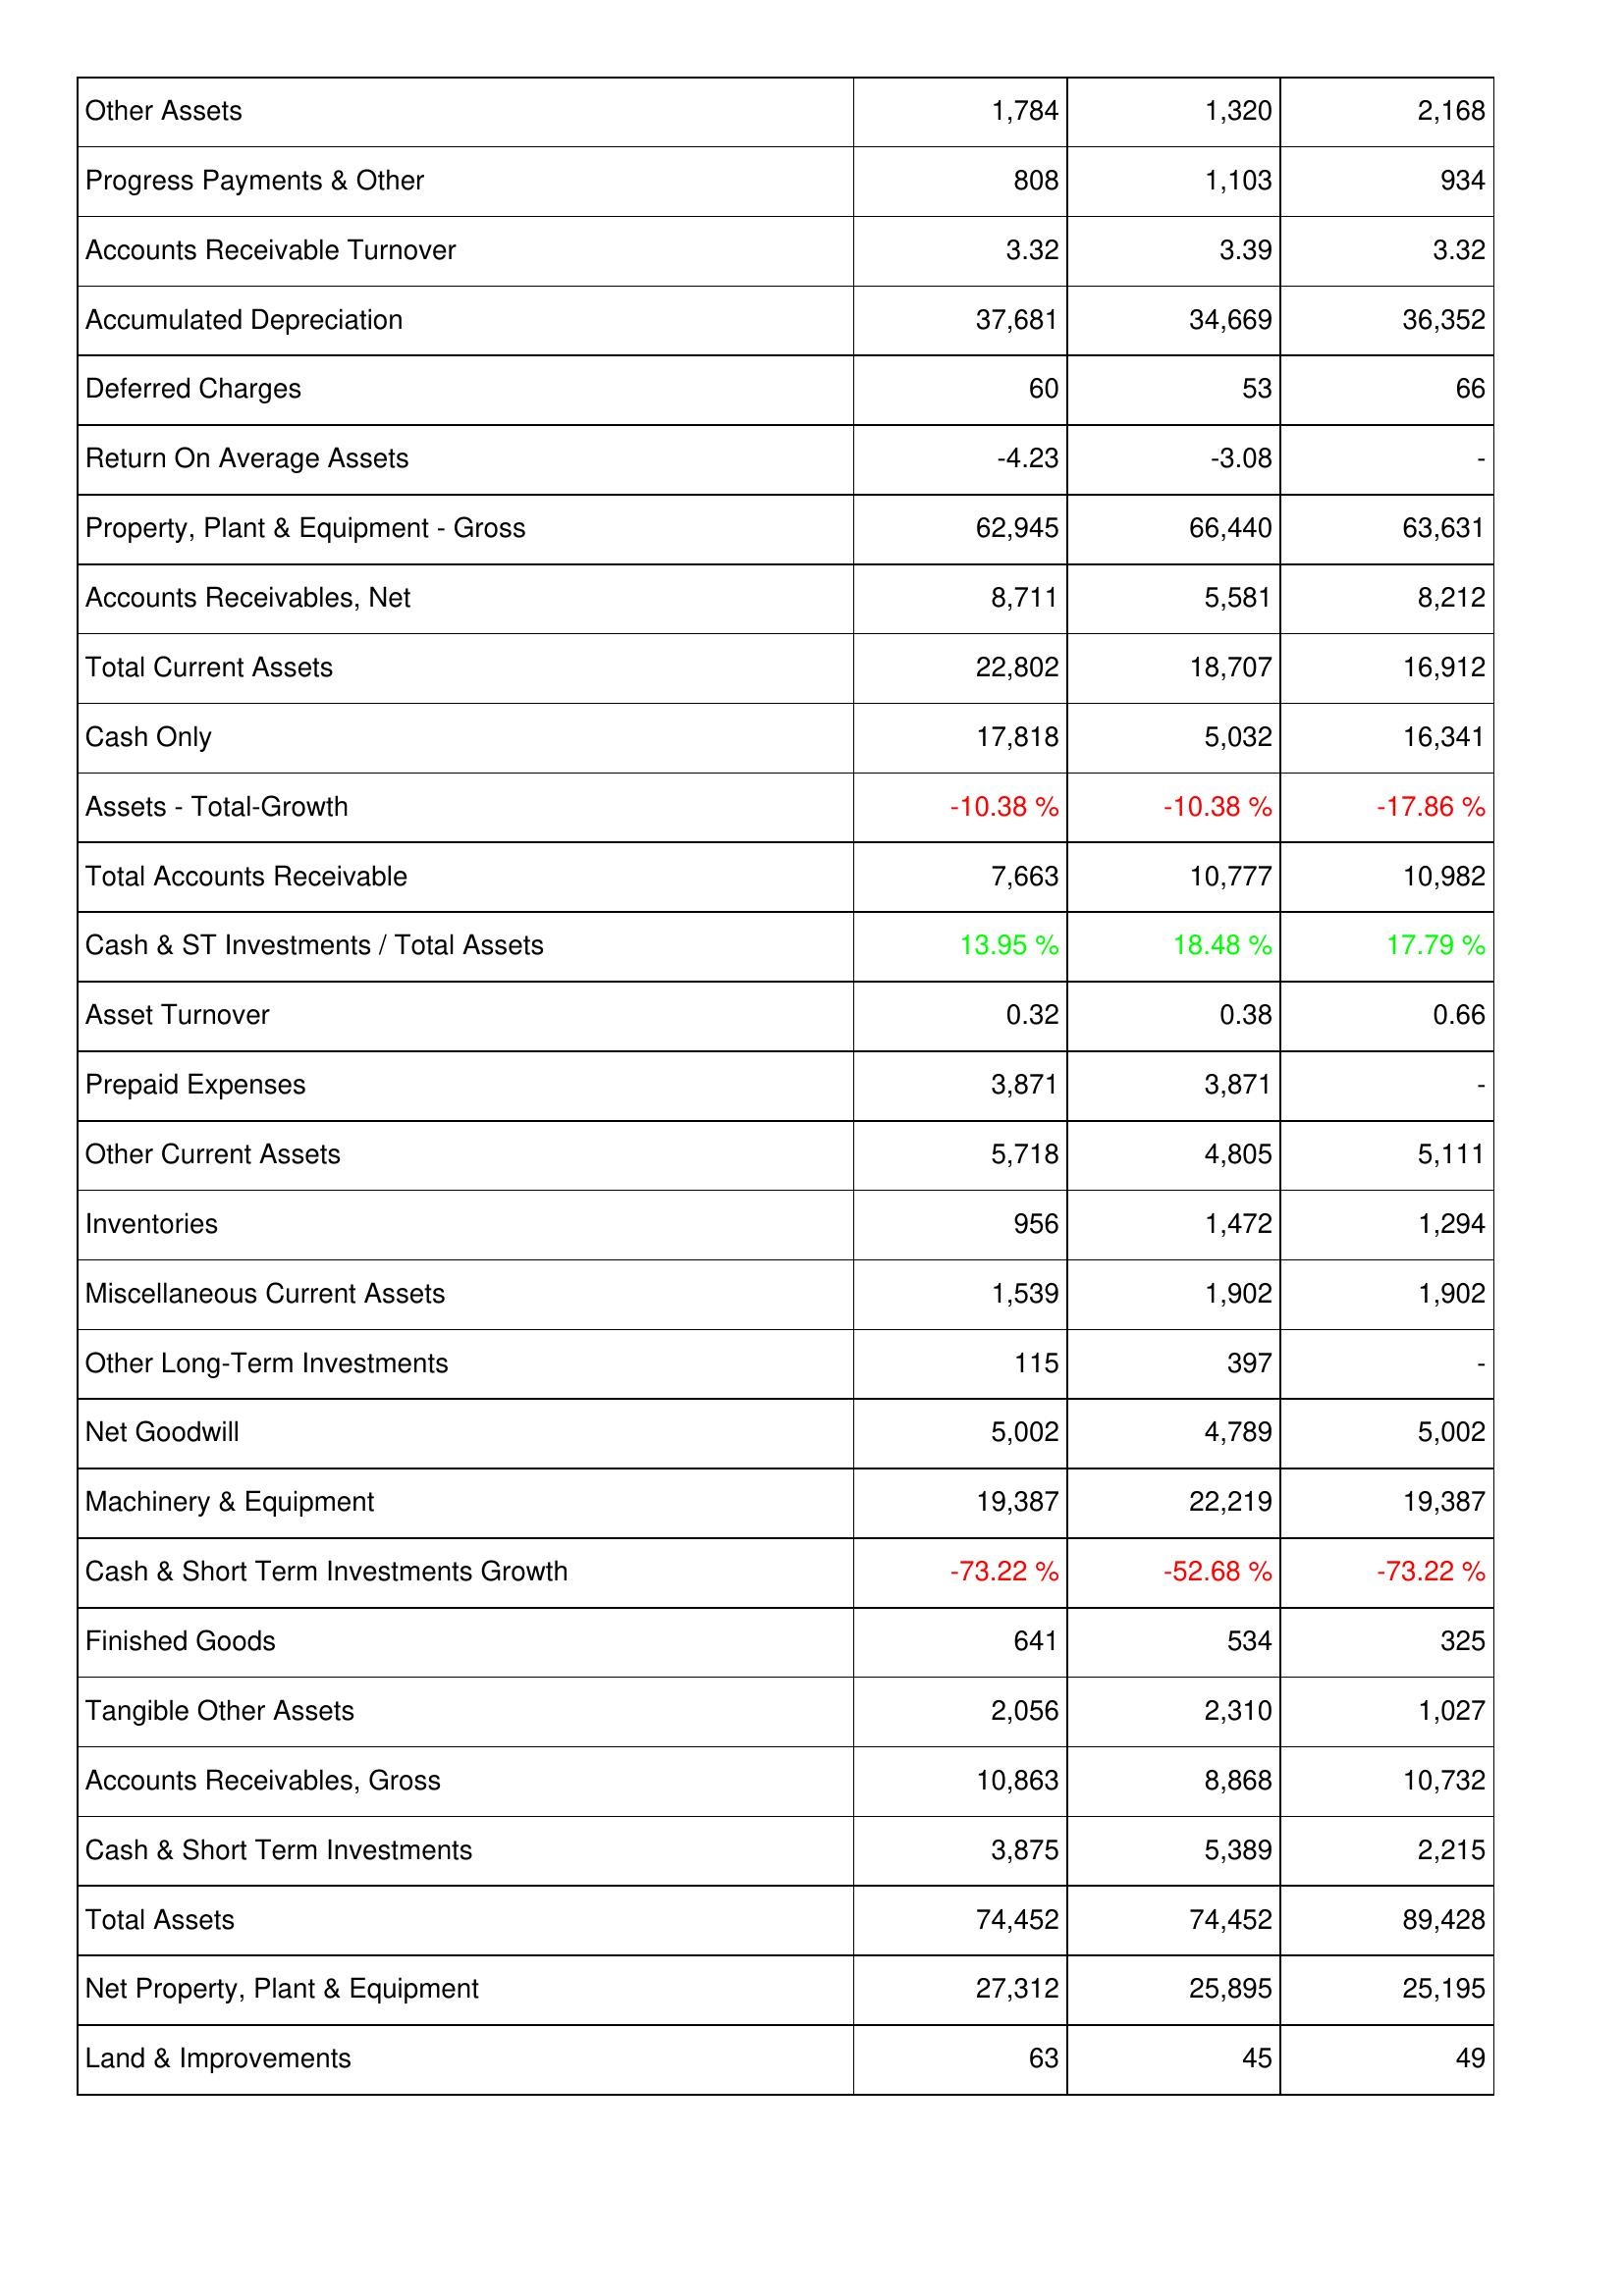
2013: Assets: Other Assets: 1,784
Progress Payments & Other: 808
Accounts Receivable Turnover: 3.32
Accumulated Depreciation: 37,681
Deferred Charges: 60
Return On Average Assets: -4.23
Property, Plant & Equipment - Gross: 62,945
Accounts Receivables, Net: 8,711
Total Current Assets: 22,802
Cash Only: 17,818
Assets - Total-Growth: -10.38 %
Total Accounts Receivable: 7,663
Cash & ST Investments / Total Assets: 13.95 %
Asset Turnover: 0.32
Prepaid Expenses: 3,871
Other Current Assets: 5,718
Inventories: 956
Miscellaneous Current Assets: 1,539
Other Long-Term Investments: 115
Net Goodwill: 5,002
Machinery & Equipment: 19,387
Cash & Short Term Investments Growth: -73.22 %
Finished Goods: 641
Tangible Other Assets: 2,056
Accounts Receivables, Gross: 10,863
Cash & Short Term Investments: 3,875
Total Assets: 74,452
Net Property, Plant & Equipment: 27,312
Land & Improvements: 63
2014: Assets: Other Assets: 1,320
Progress Payments & Other: 1,103
Accounts Receivable Turnover: 3.39
Accumulated Depreciation: 34,669
Deferred Charges: 53
Return On Average Assets: -3.08
Property, Plant & Equipment - Gross: 66,440
Accounts Receivables, Net: 5,581
Total Current Assets: 18,707
Cash Only: 5,032
Assets - Total-Growth: -10.38 %
Total Accounts Receivable: 10,777
Cash & ST Investments / Total Assets: 18.48 %
Asset Turnover: 0.38
Prepaid Expenses: 3,871
Other Current Assets: 4,805
Inventories: 1,472
Miscellaneous Current Assets: 1,902
Other Long-Term Investments: 397
Net Goodwill: 4,789
Machinery & Equipment: 22,219
Cash & Short Term Investments Growth: -52.68 %
Finished Goods: 534
Tangible Other Assets: 2,310
Accounts Receivables, Gross: 8,868
Cash & Short Term Investments: 5,389
Total Assets: 74,452
Net Property, Plant & Equipment: 25,895
Land & Improvements: 45
2015: Assets: Other Assets: 2,168
Progress Payments & Other: 934
Accounts Receivable Turnover: 3.32
Accumulated Depreciation: 36,352
Deferred Charges: 66
Return On Average Assets: -
Property, Plant & Equipment - Gross: 63,631
Accounts Receivables, Net: 8,212
Total Current Assets: 16,912
Cash Only: 16,341
Assets - Total-Growth: -17.86 %
Total Accounts Receivable: 10,982
Cash & ST Investments / Total Assets: 17.79 %
Asset Turnover: 0.66
Prepaid Expenses: -
Other Current Assets: 5,111
Inventories: 1,294
Miscellaneous Current Assets: 1,902
Other Long-Term Investments: -
Net Goodwill: 5,002
Machinery & Equipment: 19,387
Cash & Short Term Investments Growth: -73.22 %
Finished Goods: 325
Tangible Other Assets: 1,027
Accounts Receivables, Gross: 10,732
Cash & Short Term Investments: 2,215
Total Assets: 89,428
Net Property, Plant & Equipment: 25,195
Land & Improvements: 49